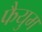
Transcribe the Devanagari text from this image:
फैयुम